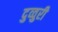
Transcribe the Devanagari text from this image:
दुव्वुरी